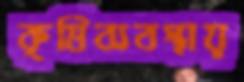
কৃষিব্যবস্থায়